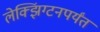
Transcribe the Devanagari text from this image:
लेक्झिंग्टनपर्यंत